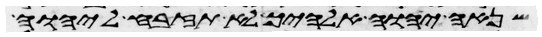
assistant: שנאה יהוה אלהיך לא תזבח ליהוה